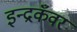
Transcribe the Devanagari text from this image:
इन्द्रकँवर